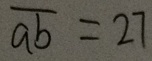
\overline { a b } = 2 7